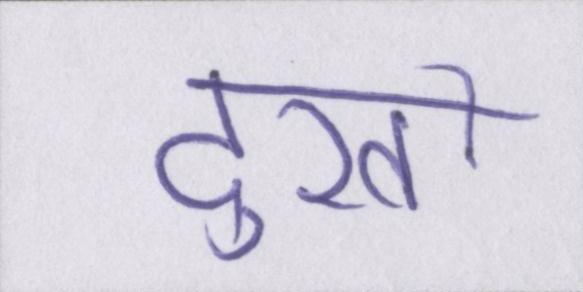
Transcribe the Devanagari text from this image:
दुखों